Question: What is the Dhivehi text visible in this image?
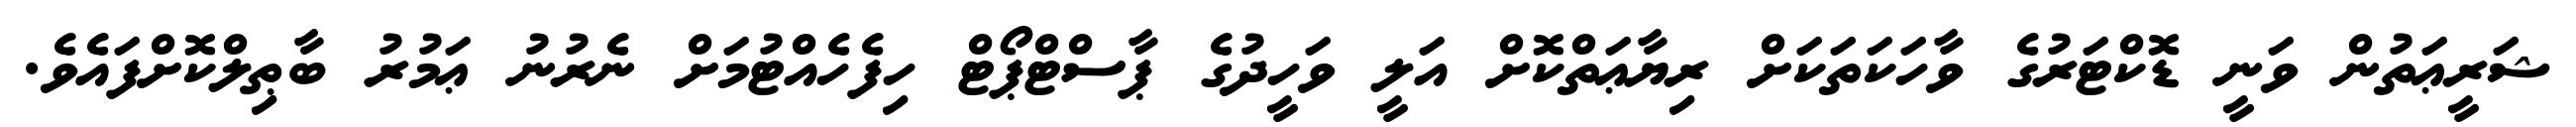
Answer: ޝަރީޢަތުން ވަނީ ޑޮކްޓަރުގެ ވާހަކަތަކަށް ރިޔާޢަތްކޮށް އަލީ ވަހީދުގެ ޕާސްޓްޕޯޓް ހިފެހެއްޓުމަށް ނެރުނު ޢަމުރު ބާޠިލްކޮށްފައެވެ.